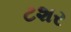
ટશર